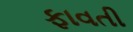
ફાવતી